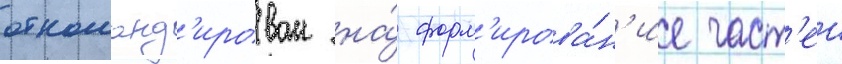
откоманд'ирован на́ форм'ирова́н'ие част'еи